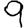
Digit: 9